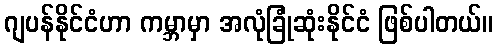
ဂျပန်နိုင်ငံဟာ ကမ္ဘာမှာ အလုံခြုံဆုံးနိုင်ငံ ဖြစ်ပါတယ်။